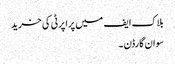
بلاک ایف میں پراپرٹی کی خرید
سوان گارڈن ۔